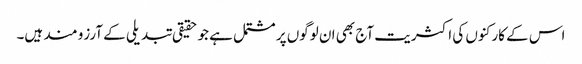
اس کے کارکنوں کی اکثریت آج بھی ان لوگوں پر مشتمل ہے جو حقیقی تبدیلی کے آرزو مند ہیں۔